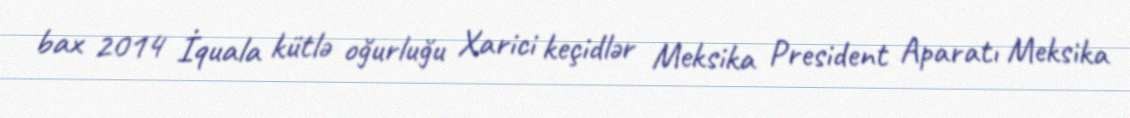
bax 2014 İquala kütlə oğurluğu Xarici keçidlər Meksika President Aparatı Meksika